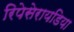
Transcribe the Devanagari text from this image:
रिपेसेरायडिया